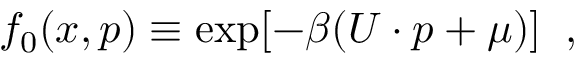
f _ { 0 } ( x , p ) \equiv \exp [ - \beta ( U \cdot p + \mu ) ] \; \; ,